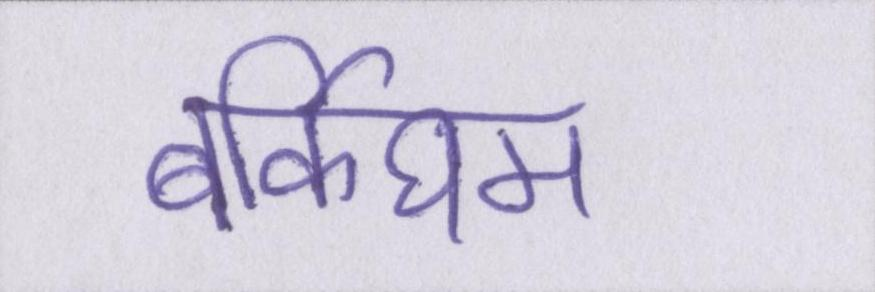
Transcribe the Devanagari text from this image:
बर्किघम